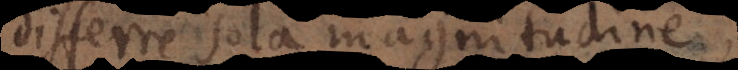
differre sola magnitudine,